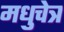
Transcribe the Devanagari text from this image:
मधुचेत्र